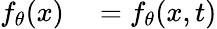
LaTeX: \begin{array}{rl}{f_{\theta}(x)}&{{}=f_{\theta}(x,t)}\end{array}